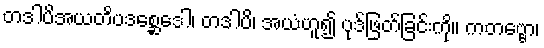
တဒါပိအယတိပဒစ္ဆေဒေါ၊ တဒါပိ၊ အယံဟူ၍ ပုဒ်ဖြတ်ခြင်းကို။ ကတဗ္ဗော၊